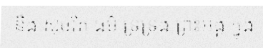
នឹង សុចរិត ធម៌ ទ្រទ្រង់ ព្រះអង្គ ក្នុង